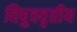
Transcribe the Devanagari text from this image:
विषुववृतीय